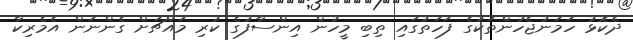
ދެކޮޅު ހަމަނުޖެހުންތަކުގެ ފަހަތުގައި ތިބި މީހުން އިންސާފުގެ ކުރި މައްޗަށް ގެންނަން އެމެރިކާ